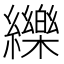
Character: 纅